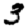
Digit: 3